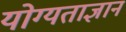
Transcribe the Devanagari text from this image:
योग्यताज्ञान